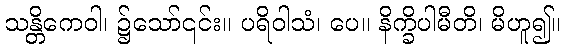
သန္တိကေဝါ၊ ၌သော်၎င်း။ ပရိဝါသံ၊ ပေ။ နိက္ခိပါမီတိ၊ မိဟူ၍။